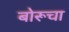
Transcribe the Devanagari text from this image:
बोरूचा